Vaccination in Bombay 1863-1868 - 1863-1868
Year: 1863
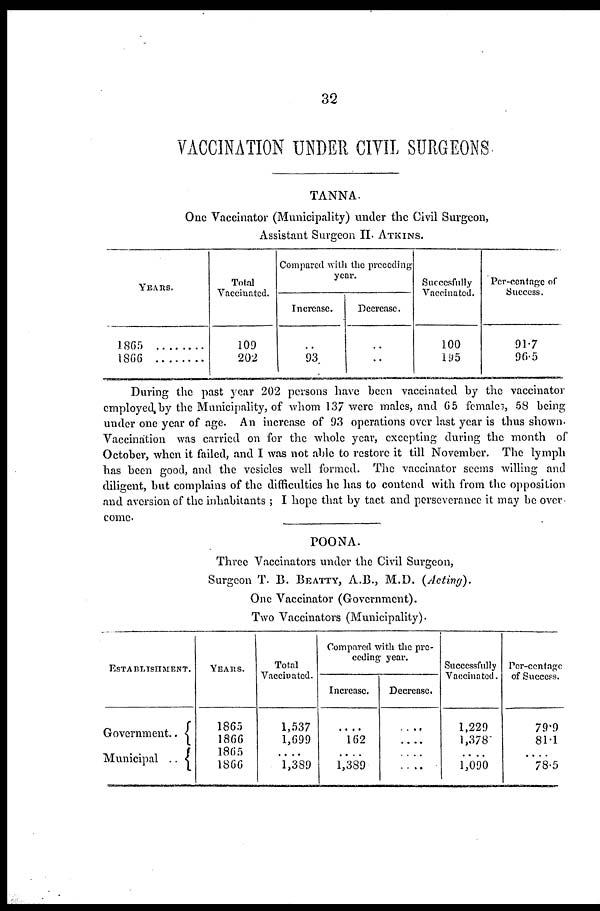
32
VACCINATION UNDER CIVIL SURGEONS
TANNA.
One Vaccinator (Municipality) under the Civil Surgeon,
Assistant Surgeon II. ATKINS.
YEARS.
1865
1866 .......
Total
Vaccinated.
109
202
Compared with the preceding
year.
Increase.
..
93
Decrease.
..
..
Succesfully
Vaccinated.
100
195
Per-centage of
Success.
91.7
96.5
During the past year 202 persons have been vaccinated by the vaccinator
employed by the Municipality, of whom 137 were males, and 65 females, 58 being
under one year of age. An increase of 93 operations over last year is thus shown.
Vaccination was carried on for the whole year, excepting during the month of
October, when it failed, and I was not able to restore it till November. The lymph
has been good, and the vesicles well formed. The vaccinator seems willing and
diligent, but complains of the difficulties he has to contend with from the opposition
and aversion of the inhabitants ; I hope that by tact and perseverance it may be over
come.
POONA.
Three Vaccinators under the Civil Surgeon,
Surgeon T. B. BEATTY, A.B., M.D. (Acting).
One Vaccinator (Government).
Two Vaccinators (Municipality).
ESTABLISHMENT.
Government..
Municipal ..
YEARS.
1865
1866
1865
1866
Total
Vaccinated.
1,537
1,699
....
1,389
Compared with the pre-
ceding year.
Increase.
....
162
....
1,389
Decrease.
....
....
....
....
Successfully
Vaccinated.
1,229
1,378
....
1,090
Per-centage
of Success.
79.9
81.1
....
78.5